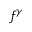
f ^ { \gamma }